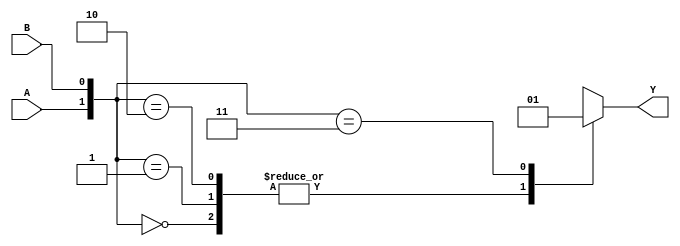
module AND_GATE(\n//    input A, B,\n//    output Y\n//    );\n    \n//    assign Y = A & B;\n//endmodule
module AND_GF(\n//    input A, B,\n//    output Y\n//    );\n    \n//    and(Y, A, B);\n//endmodule
module AND_BE(\n    input A, B,\n    output reg Y\n    );\n    \n    always@(A, B)\n    begin\n        case({A, B})\n            2'b00 : Y = 1'b0;\n            2'b01 : Y = 1'b0;\n            2'b10 : Y = 1'b0;\n            2'b11 : Y = 1'b1;\n        endcase\n    end\nendmodule
module s7_AND(\n    input [1:0]sw,\n    output [1:0]led\n    );\n    \n    AND_BE (.Y(led[0]), .A(sw[0]), .B(sw[1])) ;\nendmodule